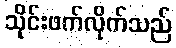
သိုင်းဖက်လိုက်သည်